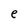
Character: e